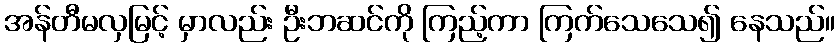
အန်တီမလှမြင့် မှာလည်း ဦးဘဆင်ကို ကြည့်ကာ ကြက်သေသေ၍ နေသည်။